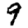
Digit: 9